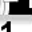
Digit: 1